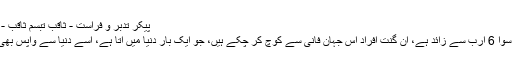
پیکرِ تدبر و فراست - ثاقب تبسم ثاقبؔ - Daleel.Pk
دنیا کی آبادی سوا 6 ارب سے زائد ہے، ان گنت افراد اس جہانِ فانی سے کوچ کر چکے ہیں، جو ایک بار دنیا میں آتا ہے، اسے دنیا سے واپس بھی جانا ہوتا ہے۔